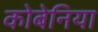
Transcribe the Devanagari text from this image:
कोबेनिया